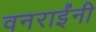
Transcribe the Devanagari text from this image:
वनराईंनी